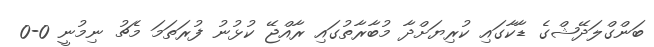
ބަންގްލަދޭޝްގެ ޑާކާގައި ކުރިޔަށްދާ މުބާރާތުގައި ރާއްޖޭ ކުޅުނު ފުރަތަމަ މެޗު ނިމުނީ 0-0